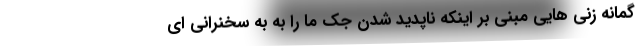
گمانه زنی هایی مبنی بر اینکه ناپدید شدن جک ما را به به سخنرانی ای